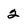
Character: 2